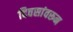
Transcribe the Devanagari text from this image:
दिवसांवरून